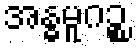
အန္ဓမူဂဉ္စ